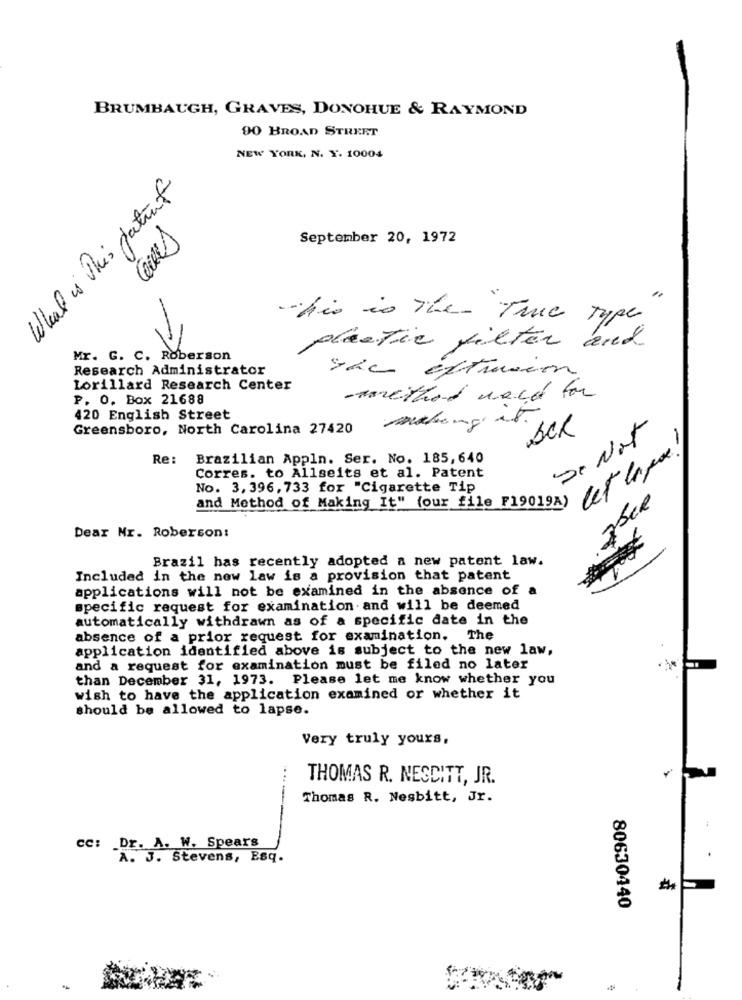
BRUMBAUGH, GRAVES, DONOHUE & RAYMOND
90 BROAD STREET
NEW YORK, N. Y. 10004
What is This patient
September 20, 1972
This is The True type
plastic filter and
Mr. G. C. Roberson
Research Administrator
she Extracon
Lorillard Research Center
P. O. Box 21688
-martand race for
420 English Street
making at.
Greensboro, North Carolina 27420
De Not
2
let lapa!
Re:
Brazilian Appln. Ser. No. 185,640
Corres. to Allseits et al. Patent
No. 3, 396, 733 for "Cigarette Tip
and Method of Making It" (our file F19019A)
Dear Mr. Roberson:
Brazil has recently adopted a new patent law.
Included in the new law is a provision that patent
applications will not be examined in the absence of
specific request for examination and will be deemed
automatically withdrawn as of a specific date in the
absence of a prior request for examination. The
application identified above is subject to the new law,
and a request for examination must be filed no later
than December 31, 1973. Please let me know whether you
wish to have the application examined or whether it
should be allowed to lapse.
Very truly yours,
THOMAS R. NESCITT, JR.
Thomas R. Nesbitt, Jr.
cc: Dr. A. W. Spears
A. J. Stevens, Esq.
80630440